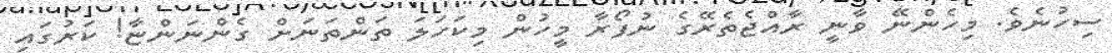
ސިހުނެވެ. މިހެންނޭ ވާނީ ރާއްޖެތެރޭގެ ނުފޯރާ މީހުން މިކަހަލަ ތަންތަނަށް ގެންނަންޏާ! ކަރުގައި